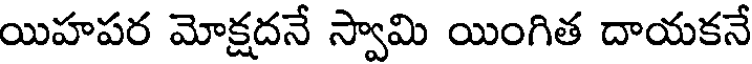
యిహపర మోక్షదనే స్వామి యింగిత దాయకనే